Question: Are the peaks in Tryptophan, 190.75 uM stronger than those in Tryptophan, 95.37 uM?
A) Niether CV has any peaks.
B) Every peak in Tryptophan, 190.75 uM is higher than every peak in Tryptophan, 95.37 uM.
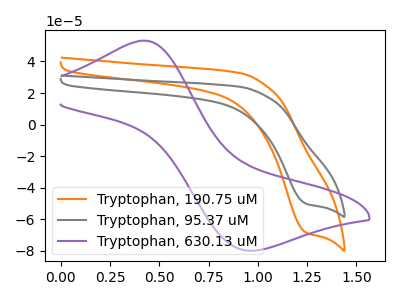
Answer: <think>The orange curve "Tryptophan, 190.75 uM" has a cathodic peak at: (1.25V, -68.55uA). The gray curve "Tryptophan, 95.37 uM" has a cathodic peak at: (1.25V, -50.25uA). The purple curve "Tryptophan, 630.13 uM" has an anodic peak at (0.40V, 53.20uA) and a cathodic peak at (0.95V, -79.85uA).</think>
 <answer>B) Every peak in "Tryptophan, 190.75 uM" is higher than every peak in "Tryptophan, 95.37 uM".</answer>
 <eval>B</eval>